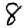
Digit: 8